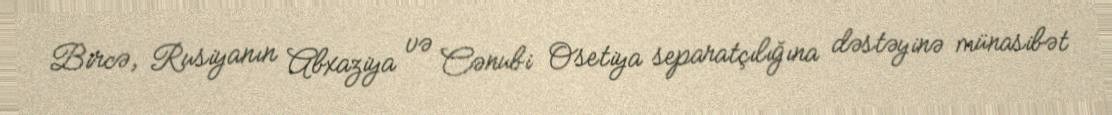
Bircə, Rusiyanın Abxaziya və Cənubi Osetiya separatçılığına dəstəyinə münasibət